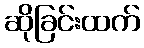
ဆိုခြင်းထက်